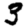
Digit: 3